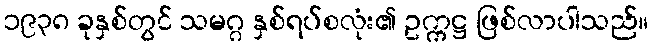
၁၉၃၈ ခုနှစ်တွင် သမဂ္ဂ နှစ်ရပ်စလုံး၏ ဥက္ကဋ္ဌ ဖြစ်လာပါသည်။